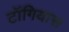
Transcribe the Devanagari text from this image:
टॉगियास